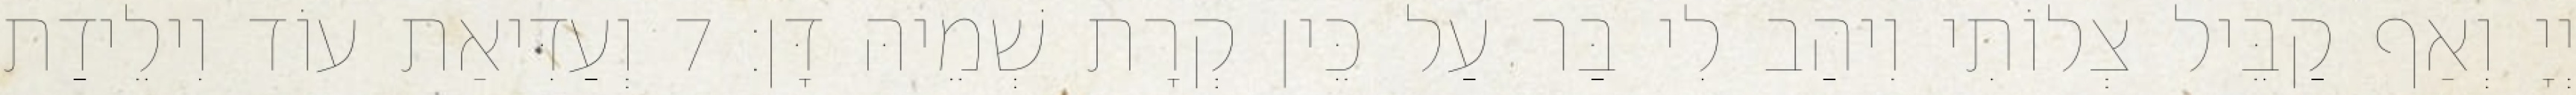
יְיָ וְאַף קַבֵּיל צְלוֹתִי וִיהַב לִי בַּר עַל כֵּין קְרָת שְׁמֵיהּ דָּן׃ 7 וְעַדִּיאַת עוֹד וִילֵידַת